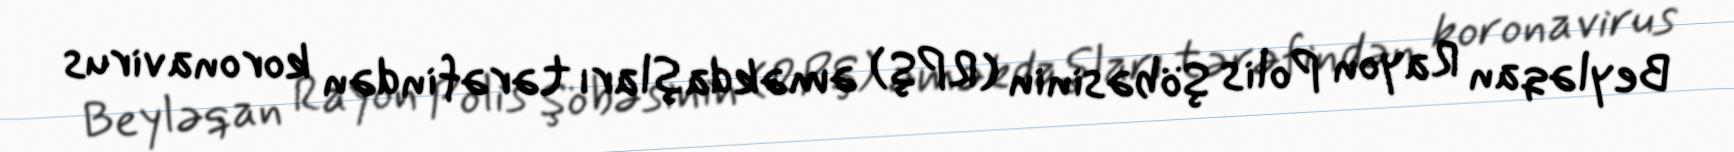
Beyləqan Rayon Polis Şöbəsinin (RPŞ) əməkdaşları tərəfindən koronavirus